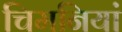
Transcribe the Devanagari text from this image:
चिमनियां